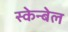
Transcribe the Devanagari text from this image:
स्केन्बेल